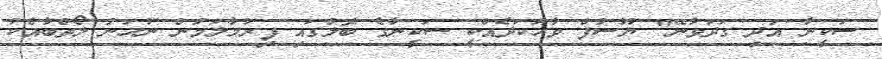
ސަކީނާ އަދި ގަދަވާނޭ" ޔޫސުފް ވާހަކަދެއްކީ ސަކީނާގެ ބޮލުގައި ފިރުމާލަމުން ނުހަނު ލޯތްބާއެކު